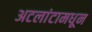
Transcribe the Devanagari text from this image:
अटलांटामधून